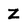
Character: Z